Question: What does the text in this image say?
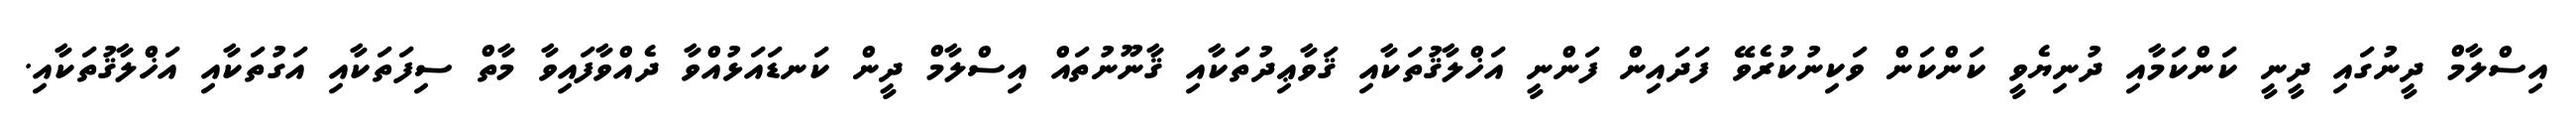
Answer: އިސްލާމް ދީނުގައި ދީނީ ކަންކަމާއި ދުނިޔެވީ ކަންކަން ވަކިނުކުރެވޭ ފަދައިން ފަންނީ އަޚްލާޤުތަކާއި ޤަވާޢިދުތަކާއި ޤާނޫނުތައް އިސްލާމް ދީން ކަނޑައަޅުއްވާ ދެއްވާފައިވާ މާތް ސިފަތަކާއި އަގުތަކާއި އަޚްލާޤުތަކާއި.